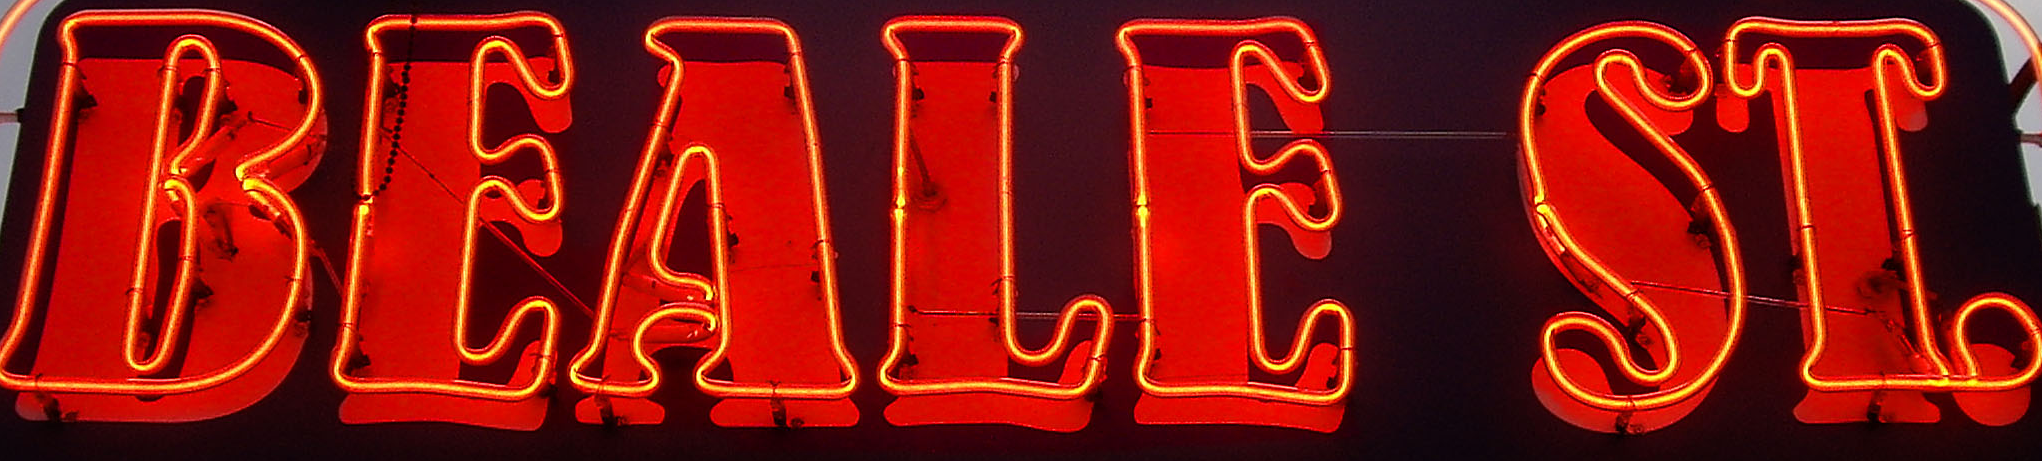
BEALE ST.